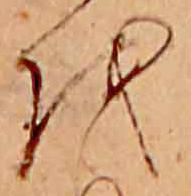
お